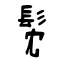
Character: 髧